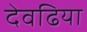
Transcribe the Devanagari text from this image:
देवढिया